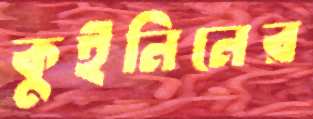
কুইনিনের